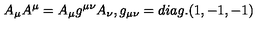
A _ { \mu } A ^ { \mu } = A _ { \mu } g ^ { \mu \nu } A _ { \nu } , g _ { \mu \nu } = d i a g . ( 1 , - 1 , - 1 )